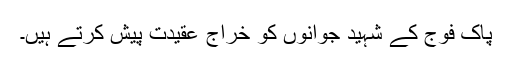
پاک فوج کے شہید جوانوں کو خراج عقیدت پیش کرتے ہیں۔